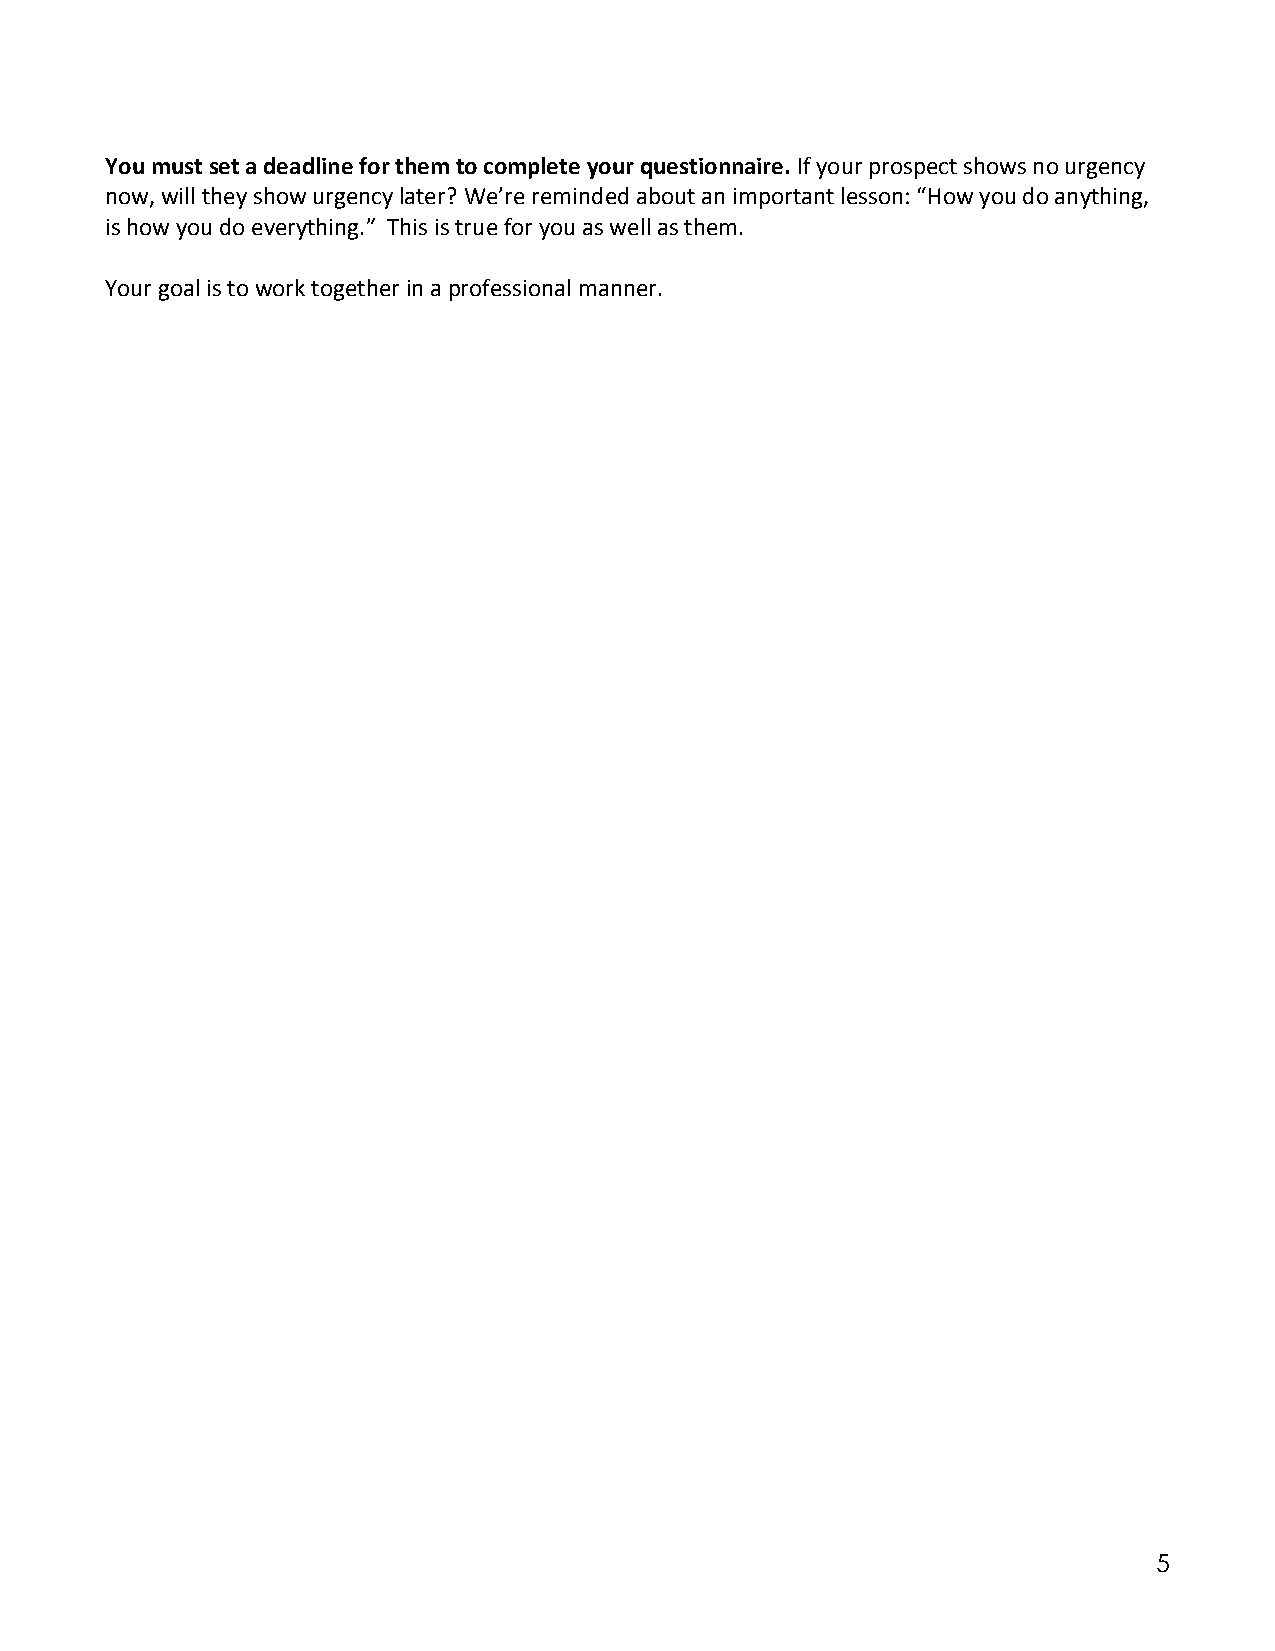
You must set a deadline for them to complete your questionnaire. If your prospect shows no urgency
 now, will they show urgency later? We’re reminded about an important lesson: “How you do anything,
 is how you do everything.” This is true for you as well as them.
 Your goal is to work together in a professional manner.
 5